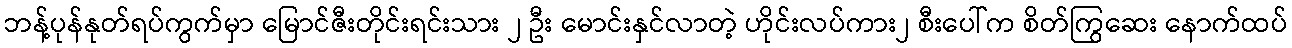
ဘန့်ပုန်နုတ်ရပ်ကွက်မှာ မြောင်ဇီးတိုင်းရင်းသား ၂ ဦး မောင်းနှင်လာတဲ့ ဟိုင်းလပ်ကား၂ စီးပေါ်က စိတ်ကြွဆေး နောက်ထပ်